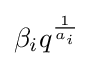
\beta _{i}q^{\frac {1}{a_{i}}}